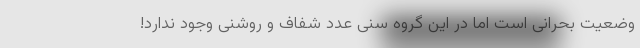
وضعیت بحرانی است اما در این گروه سنی عدد شفاف و روشنی وجود ندارد!